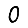
Digit: 0